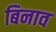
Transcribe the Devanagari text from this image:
बिनाव